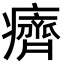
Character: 癠